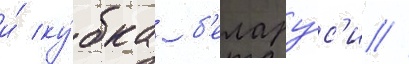
и́ ку́бка б'елару́с'и //